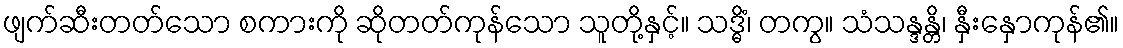
ဖျက်ဆီးတတ်သော စကားကို ဆိုတတ်ကုန်သော သူတို့နှင့်။ သဒ္ဓိံ၊ တကွ။ သံသန္ဒန္တိ၊ နှီးနှောကုန်၏။